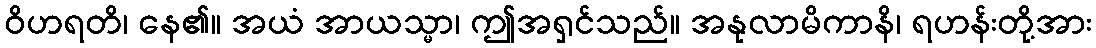
ဝိဟရတိ၊ နေ၏။ အယံ အာယသ္မာ၊ ဤအရှင်သည်။ အနုလာမိကာနိ၊ ရဟန်းတို့အား